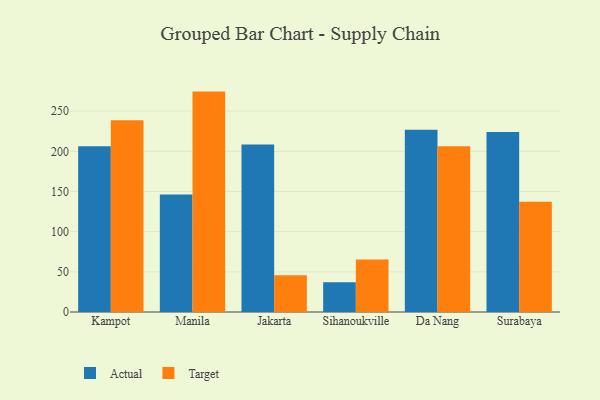
{"axis": {"x": "City", "y": "Active Users"}, "legend": ["Actual", "Target"], "data": [{"x": "Kampot", "y": 206.2, "type": "Actual"}, {"x": "Kampot", "y": 238.7, "type": "Target"}, {"x": "Manila", "y": 146.1, "type": "Actual"}, {"x": "Manila", "y": 274.3, "type": "Target"}, {"x": "Jakarta", "y": 208.4, "type": "Actual"}, {"x": "Jakarta", "y": 45.6, "type": "Target"}, {"x": "Sihanoukville", "y": 37.0, "type": "Actual"}, {"x": "Sihanoukville", "y": 65.4, "type": "Target"}, {"x": "Da Nang", "y": 226.8, "type": "Actual"}, {"x": "Da Nang", "y": 206.4, "type": "Target"}, {"x": "Surabaya", "y": 224.1, "type": "Actual"}, {"x": "Surabaya", "y": 137.1, "type": "Target"}]}